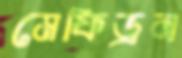
মেফিড্রন